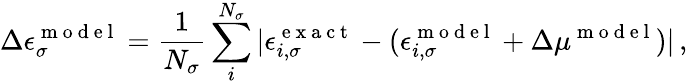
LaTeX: \Delta\epsilon_{\sigma}^{\mathrm{~m~o~d~e~l~}}=\frac{1}{N_{\sigma}}\sum_{i}^{N_{\sigma}}|\epsilon_{i,\sigma}^{\mathrm{~e~x~a~c~t~}}-(\epsilon_{i,\sigma}^{\mathrm{~m~o~d~e~l~}}+\Delta\mu^{\mathrm{~m~o~d~e~l~}})|\, ,